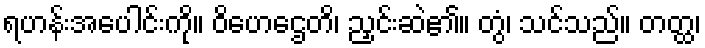
ရဟန်းအပေါင်းကို။ ဝိဟေဌေတိ၊ ညှင်းဆဲ၏။ တွံ၊ သင်သည်။ တတ္ထ၊